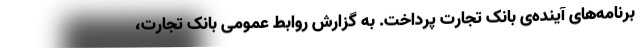
برنامه‌های آینده‌ی بانک تجارت پرداخت. به گزارش روابط عمومی بانک تجارت،